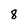
Character: 8